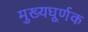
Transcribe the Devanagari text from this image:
मुख्यघूर्णक